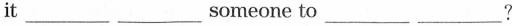
it ___ ___ ___ someone to ___ ___?